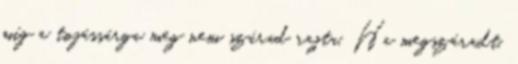
míg a tojássárga meg nem szárad rajta. Ha megszáradt,